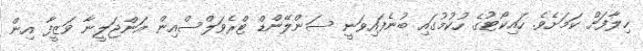
ހިލާފަށް ކަމަށެވެ. ހައިކޯޓުގެ ހުކުމުގައި ބުނެފައިވަނީ ސަންލޭންޑް ޓްރެވަލްސްއިން އަންޖަލީނާ ވަޒީފާ އިން